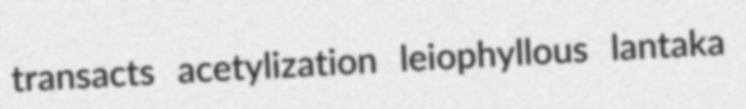
transacts acetylization leiophyllous lantaka